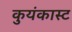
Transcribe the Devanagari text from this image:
कुयंकास्ट